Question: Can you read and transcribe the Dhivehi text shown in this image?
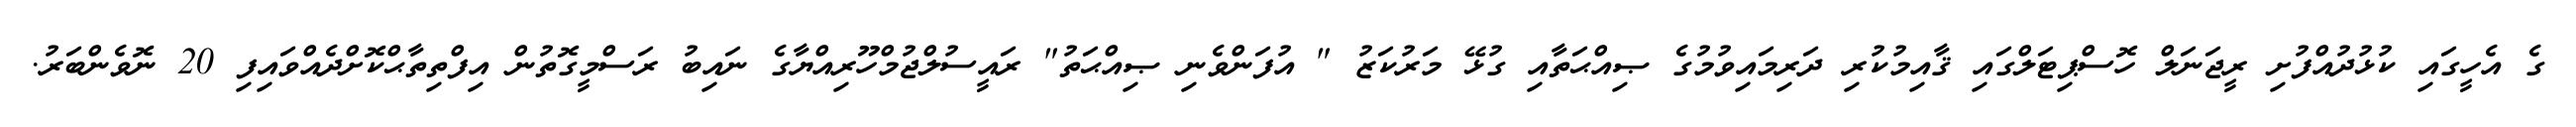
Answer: ގެ އެހީގައި ކުޅުދުއްފުށި ރީޖަނަލް ހޮސްޕިޓަލްގައި ޤާއިމުކުރި ދަރިމައިވުމުގެ ޞިއްޙަތާއި ގުޅޭ މަރުކަޒު " އުފަންވެނި ޞިއްޙަތު" ރައީސުލްޖުމްހޫރިއްޔާގެ ނައިބު ރަސްމީގޮތުން އިފްތިތާޙްކޮށްދެއްވައިފި 20 ނޮވެންބަރު.